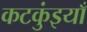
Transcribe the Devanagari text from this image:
कटकुंइयाँ